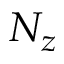
N _ { z }